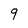
Character: 9